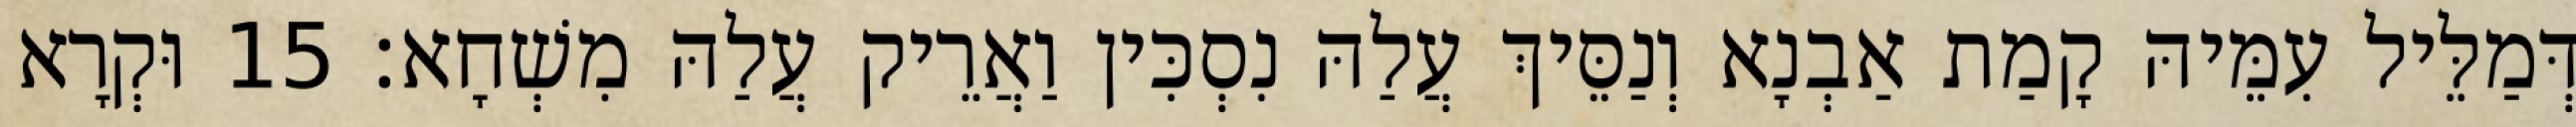
דְּמַלֵּיל עִמֵּיהּ קָמַת אַבְנָא וְנַסֵּיךְ עֲלַהּ נִסְכִּין וַאֲרֵיק עֲלַהּ מִשְׁחָא׃ 15 וּקְרָא